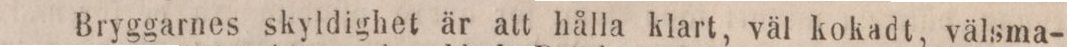
Bryggarnes skyldighet är att hålla klart, väl kokadt, välsma-